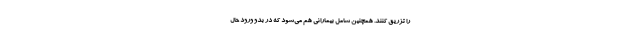
را تزریق کنند. همچنین شامل بیمارانی هم می‌شود که در بدو ورود حال